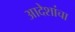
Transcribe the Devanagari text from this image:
आदेशांचा